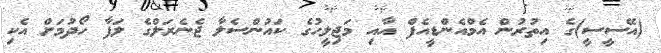
(އޭސީސީ)ގެ އިތުރުން އެމްއެންޑީއެފް އާއި މަޖިލީހުގެ ކައުންސެލާ ޖެނެރަލްގެ ލަފާ ހޯދުމަށް އެކި